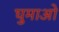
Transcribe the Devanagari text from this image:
घुमाओ